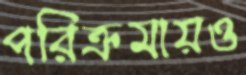
পরিক্রমায়ও